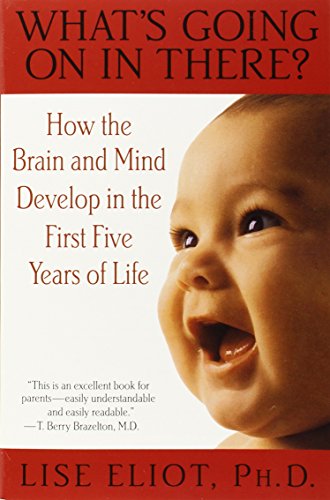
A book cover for What's Going on in There? : How the Brain and Mind Develop in the First Five Years of Life; Lise Eliot; Medical Books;